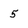
Character: 5